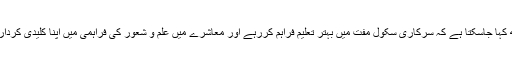
آج یقین کے ساتھ کہا جاسکتا ہے کہ سرکاری سکول مفت میں بہتر تعلیم فراہم کررہے اور معاشرے میں علم و شعور کی فراہمی میں اپنا کلیدی کردار ادا کررہے ہیں۔